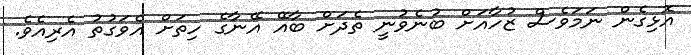
އޮޅިގެން ނަމަވެސް ޒުހާއަށް ބުނެވުނީ ތެދަށް ބާއޭ އޭނާގެ ހިތަށް އެވަގުތު އެރިއެވެ.